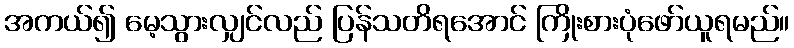
အကယ်၍ မေ့သွားလျှင်လည် ပြန်သတိရအောင် ကြိုးစားပုံဖော်ယူရမည်။